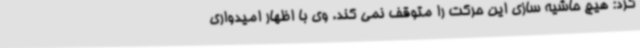
کرد: هیچ حاشیه سازی این حرکت را متوقف نمی کند. وی با اظهار امیدواری